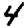
Digit: 4